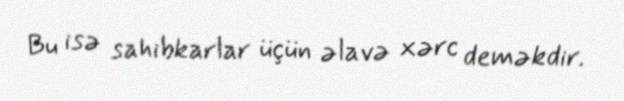
Bu isə sahibkarlar üçün əlavə xərc deməkdir.